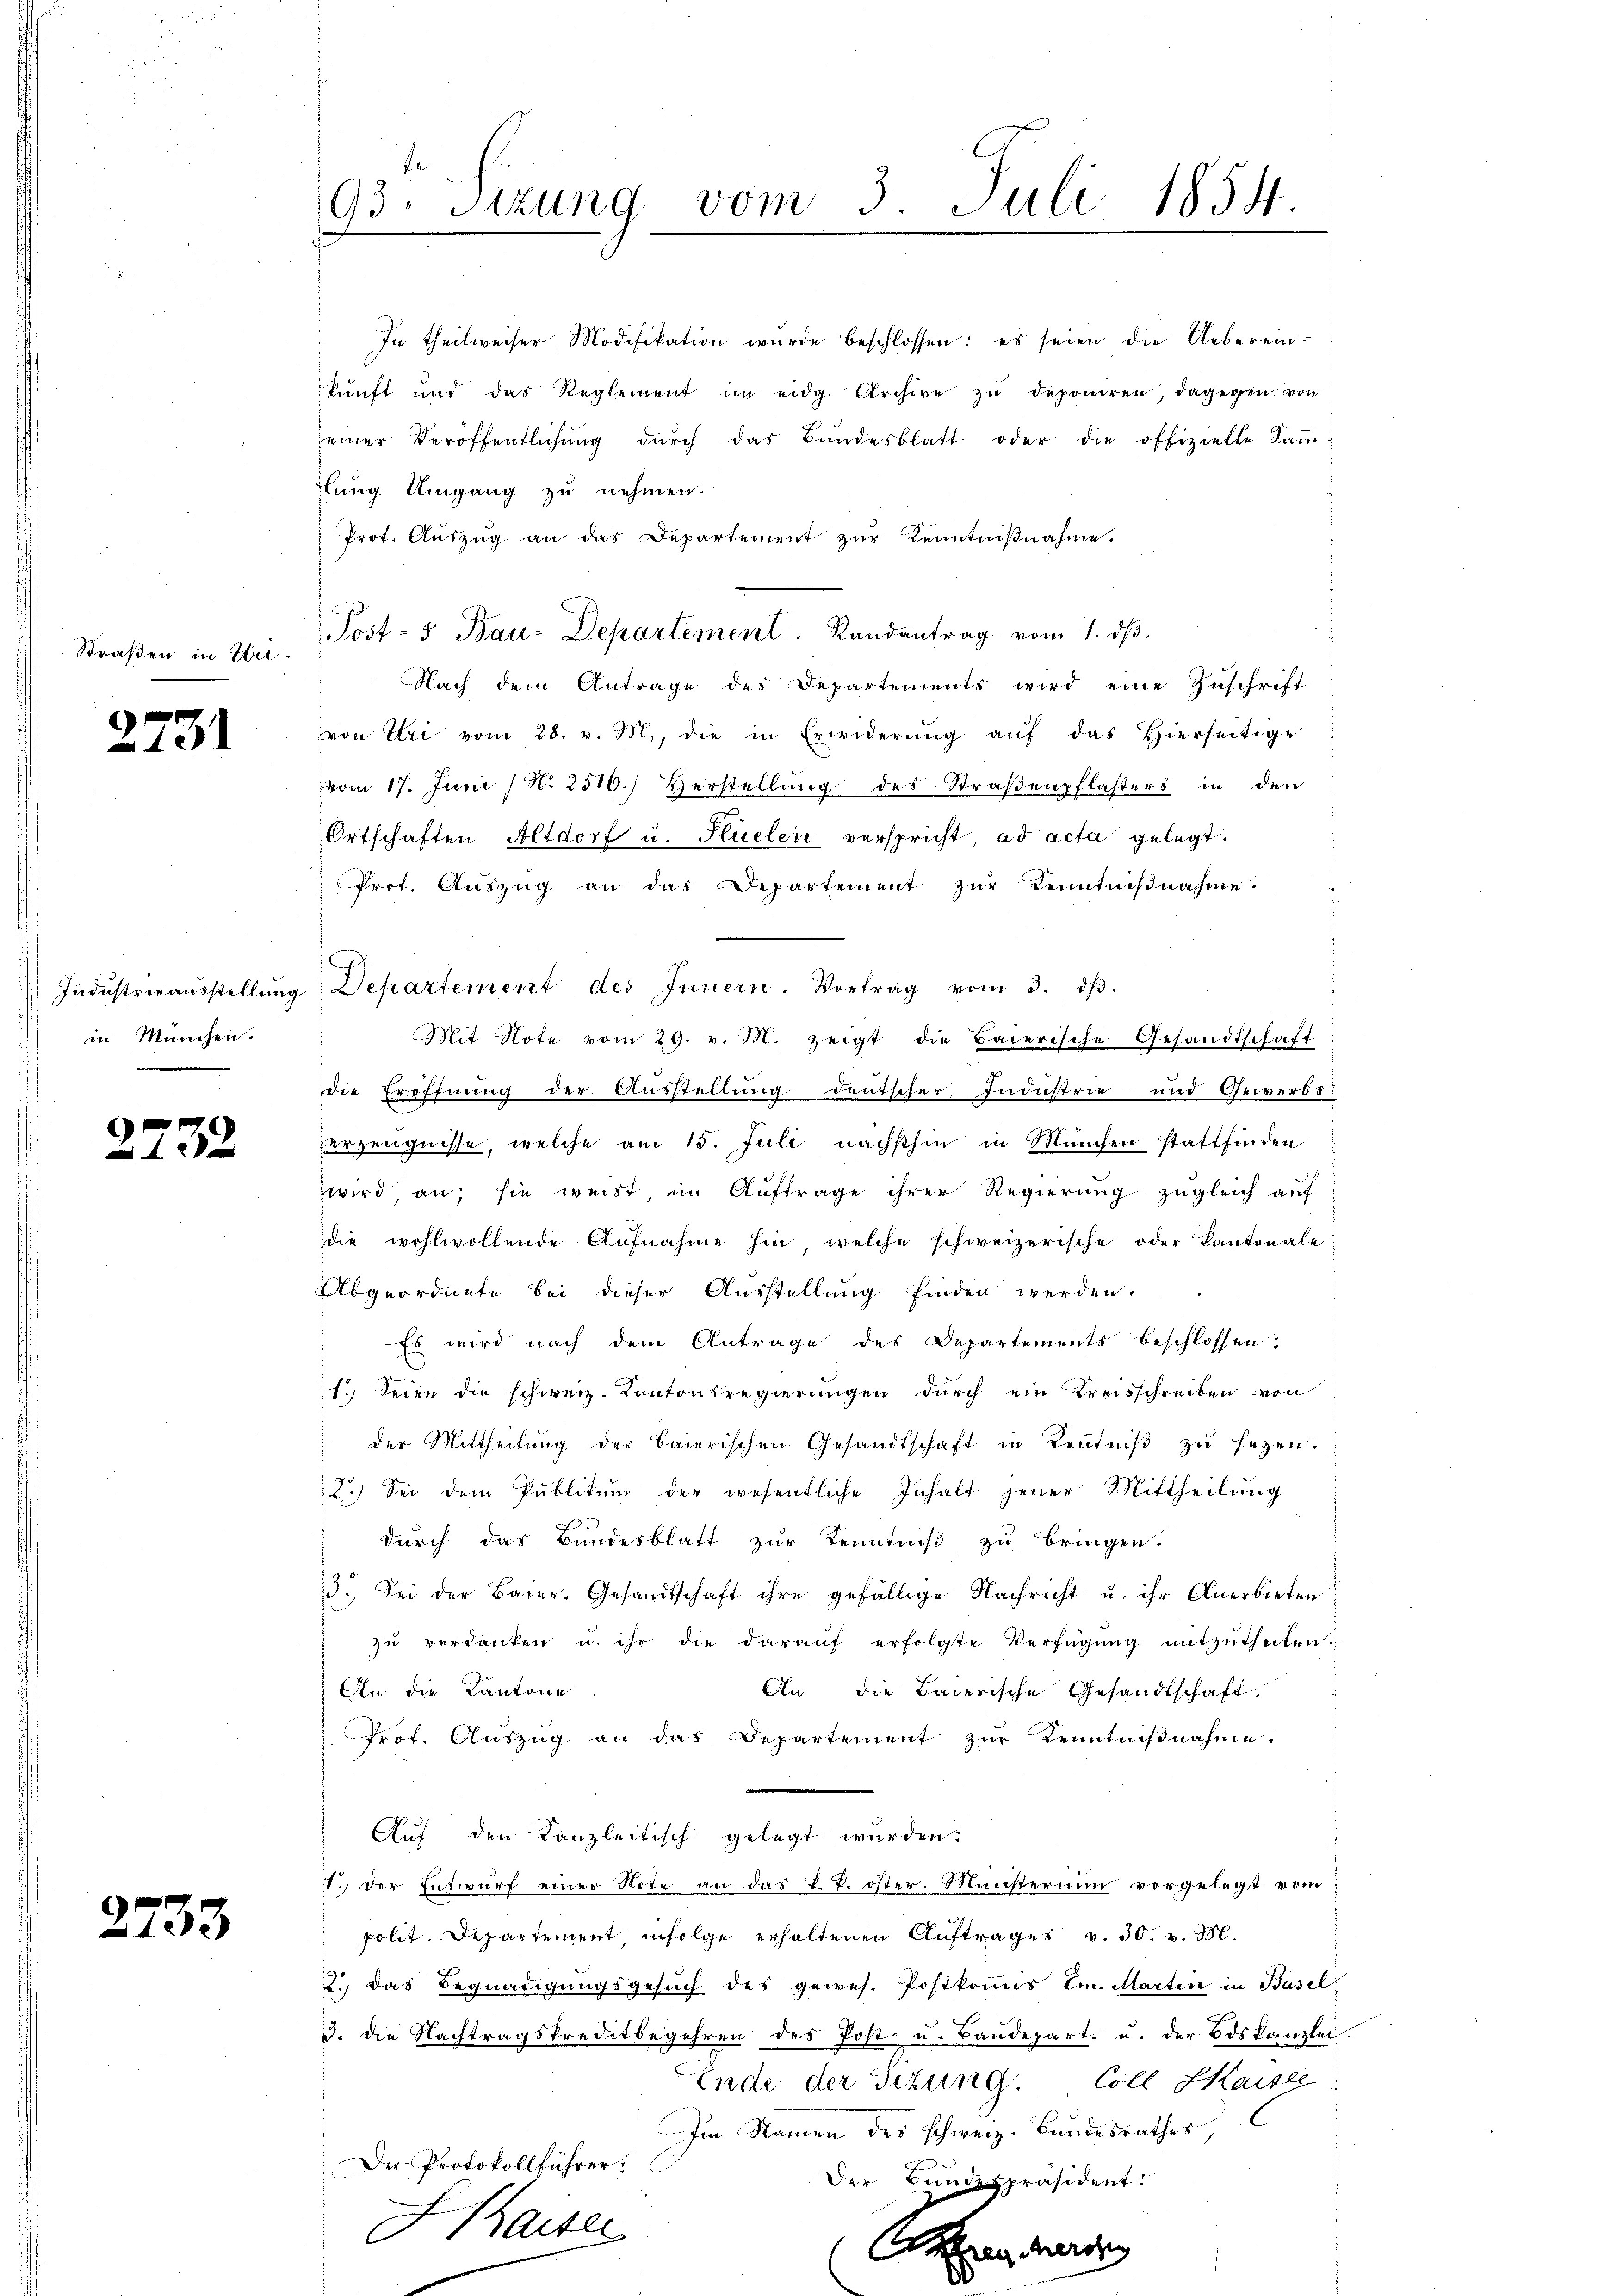
Straßen in Ebi.

2731

Industrieausstellung
in Manchen.

2732

2733

93. Sizung vom 3. Juli 1854.

In theilweiser Modifikation wurde beschlossen: es seien die Uebereinkunft und das Reglement im eidg. Archive zŭ deponiren, dagegen von
einer Veröffentlichung dŭrch das Bundesblatt oder die offizielle Sam-
lung Umgang zu nehmen.
Prot. Auszug an das Departement zur Kenntnißnahme.
Nach dem Antrage des Departements wird eine Zuschrift
von Uri vom 28. v. M., die in Erwiderŭng aŭf das hierseitige
vom 17. Juni / N. 2510.) Herstellŭng des Straβenpflasters in den
Ortschaften Altdorf u. Flüeler verspricht, ad acta gelegt.
Prot. Aŭszŭg an das Departement zŭr Kenntniβnahme.
Departement des Innern. Vortrag vom 3. dβ.
Mit Note vom 29. v. M. zeigt die Baierische Gesandtschaft
die Eröffnung der Ausstellung deutscher Industrie- und Gewerbs
erzeugnisse, welche am 15. Juli nächsthin in München stattfinden
wird, an; sie weist im Aŭftrage ihrer Regierŭng zugleich auf
die wohlwollende Aufnahme hin, welche schweizerische oder Kantonale
Abgeordnete bei dieser Ausstellung finden werden.
Es wird nach dem Antrage des Departements beschlossen:
21. Seien die schweiz. Kantonsregierŭngen dŭrch ein Kreisschreiben von
der Mittheilŭng der baierischen Gesandtschaft in Keṅtniβ zŭ sezen.
2.) Sei dem Publikum der wesentliche Inhalt jener Mittheilung
durch das Bundesblatt zur Kenntniß zu bringen.
3. Sei der Baier. Gesandtschaft ihre gefällige Nachricht u. ihr Anerbieten
zŭ verdanken u. ihr die daraŭf erfolgte Verfügŭng mitzŭtheilen.
An die Baierische Gesandtschaft
An die Kantone
Prot. Auszug an das Departement zur Kenntnißnahme.
Auf den Kanzleitisch gelegt wurden.
1. der Entwŭrf einer Note an das L. P. öster. Münsterium vorgelegt vom
polit. Departement, infolge erhaltenen Auftrages v. 30. v. M.
2., das Begnadigungsgesuch des gewes. Postkommis Im. Marten in Basel
3. die Nachtragskreditbegehren des Post- u. Baŭdepart. u. der Odskanzlei
Ende der Sitzung. Coll Kaise
Im Namen des schweiz. Bundesrathes,
Der Protokollführer
Der Bundespräsident.
Haiser
Athan herr

Post- 5. Bau-Departement.   Randantrag vom 1. ds.